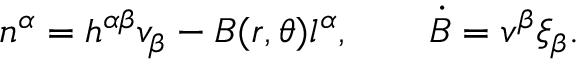
n ^ { \alpha } = h ^ { \alpha \beta } v _ { \beta } - B ( r , \theta ) l ^ { \alpha } , \qquad \dot { B } = v ^ { \beta } \xi _ { \beta } .